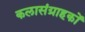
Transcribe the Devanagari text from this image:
कलासंग्राहकों